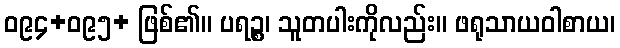
ဝ၉၄+ဝ၉၅+ ဖြစ်၏။ ပရဉ္စ၊ သူတပါးကိုလည်း။ ဖရုသာယဝါစာယ၊